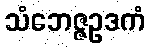
သံဘေဇ္ဇဥဒကံ